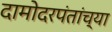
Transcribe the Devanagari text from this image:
दामोदरपंतांच्या